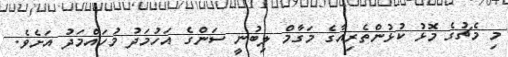
މި މެޗުގެ މޮޅު ކުޅުންތެރިއާގެ މަގާމް ލިބުނީ ސަންގެ އަހުމަދު މުހައްމަދު އަށެވެ.